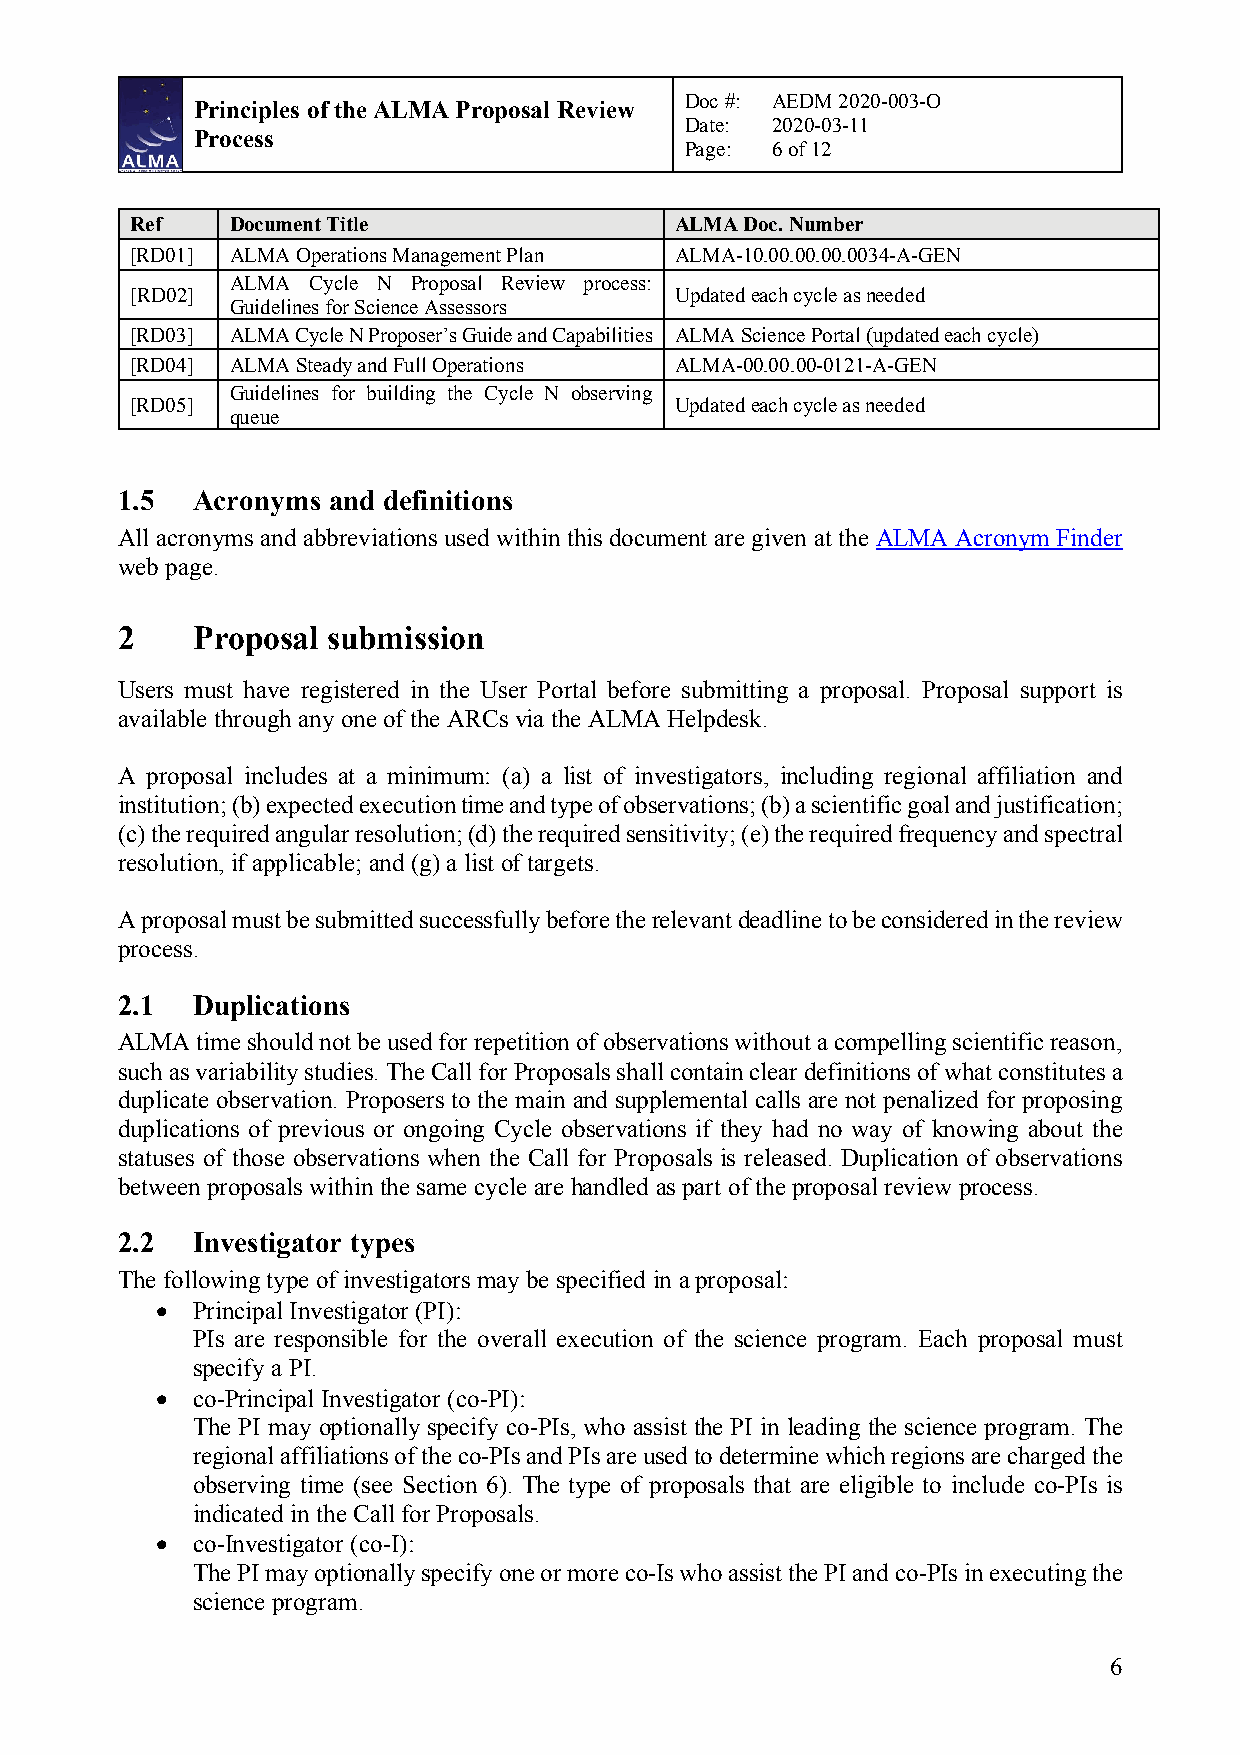
Doc #: AEDM 2020-003-O
 Principles of the ALMA Proposal Review
 Date: 2020-03-11
 Process
 Page: 6 of 12
 Ref   Document Title                ALMA Doc. Number
 [RD01] ALMA Operations Management Plan ALMA-10.00.00.00.0034-A-GEN
 ALMA  Cycle N Proposal Review process:
 [RD02]                              Updated each cycle as needed
 Guidelines for Science Assessors
 [RD03] ALMA Cycle N Proposer’s Guide and Capabilities ALMA Science Portal (updated each cycle)
 [RD04] ALMA Steady and Full Operations ALMA-00.00.00-0121-A-GEN
 Guidelines for building the Cycle N observing
 [RD05]                              Updated each cycle as needed
 queue
 1.5  Acronyms and definitions
 All acronyms and abbreviations used within this document are given at the ALMA Acronym Finder
 web page.
 2    Proposal submission
 Users must have registered in the User Portal before submitting a proposal. Proposal support is
 available through any one of the ARCs via the ALMA Helpdesk.
 A proposal includes at a minimum: (a) a list of investigators, including regional affiliation and
 institution; (b) expected execution time and type of observations; (b) a scientific goal and justification;
 (c) the required angular resolution; (d) the required sensitivity; (e) the required frequency and spectral
 resolution, if applicable; and (g) a list of targets.
 A proposal must be submitted successfully before the relevant deadline to be considered in the review
 process.
 2.1  Duplications
 ALMA time should not be used for repetition of observations without a compelling scientific reason,
 such as variability studies. The Call for Proposals shall contain clear definitions of what constitutes a
 duplicate observation. Proposers to the main and supplemental calls are not penalized for proposing
 duplications of previous or ongoing Cycle observations if they had no way of knowing about the
 statuses of those observations when the Call for Proposals is released. Duplication of observations
 between proposals within the same cycle are handled as part of the proposal review process.
 2.2  Investigator types
 The following type of investigators may be specified in a proposal:
 •  Principal Investigator (PI):
 PIs are responsible for the overall execution of the science program. Each proposal must
 specify a PI.
 •  co-Principal Investigator (co-PI):
 The PI may optionally specify co-PIs, who assist the PI in leading the science program. The
 regional affiliations of the co-PIs and PIs are used to determine which regions are charged the
 observing time (see Section 6). The type of proposals that are eligible to include co-PIs is
 indicated in the Call for Proposals.
 •  co-Investigator (co-I):
 The PI may optionally specify one or more co-Is who assist the PI and co-PIs in executing the
 science program.
 6